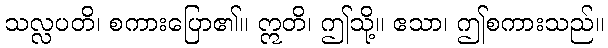
သလ္လပတိ၊ စကားပြော၏။ ဣတိ၊ ဤသို့။ ဧသာ၊ ဤစကားသည်။